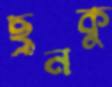
ছুনকু